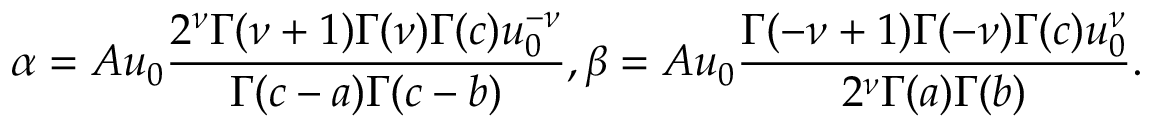
\alpha = A u _ { 0 } { \frac { 2 ^ { \nu } \Gamma ( \nu + 1 ) \Gamma ( \nu ) \Gamma ( c ) u _ { 0 } ^ { - \nu } } { \Gamma ( c - a ) \Gamma ( c - b ) } } , \beta = A u _ { 0 } { \frac { \Gamma ( - \nu + 1 ) \Gamma ( - \nu ) \Gamma ( c ) u _ { 0 } ^ { \nu } } { 2 ^ { \nu } \Gamma ( a ) \Gamma ( b ) } } .